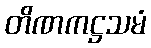
တိဏကဋ္ဌသမံ